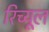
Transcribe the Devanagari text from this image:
रिच्यूल